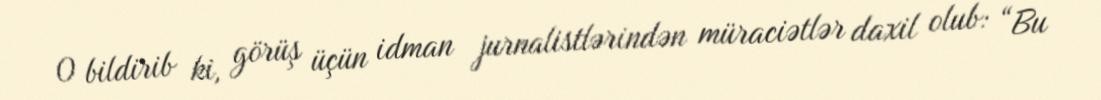
O bildirib ki, görüş üçün idman jurnalistlərindən müraciətlər daxil olub: “Bu